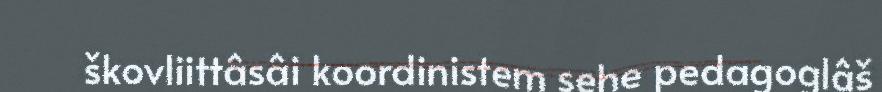
škovliittâsâi koordinistem sehe pedagoglâš